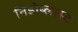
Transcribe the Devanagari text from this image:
निडोब्लास्ट